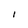
Character: I